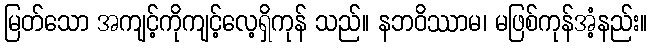
မြတ်သော အကျင့်ကိုကျင့်လေ့ရှိကုန် သည်။ နဘဝိဿာမ၊ မဖြစ်ကုန်အံ့နည်း။